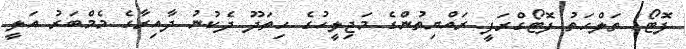
ފޮޓޯ/ ތަލްހަތު ފޮޓޯގްރަފީ ރައްޔިތުންގެ މަޖިލީހުގެ ހިތަދޫ ދެކުނު ދާއިރާގެ މެމްބަރު އަލީ